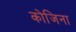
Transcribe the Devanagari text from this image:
कोजिना